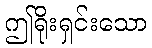
ဤရိုးရှင်းသော